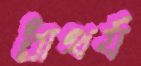
প্রাখর্য